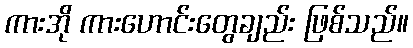
ကားအို ကားဟောင်းတွေချည်း ဖြစ်သည်။